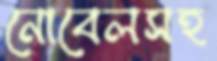
নোবেলসহ